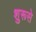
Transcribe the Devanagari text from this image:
शुरूसे